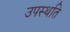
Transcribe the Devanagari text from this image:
उपस्थति